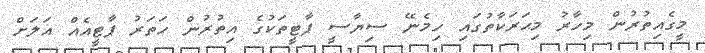
މީގެއިތުރުން މިހާރު މިޙަރަކާތުގައި ހިމެނޭ ސިޔާސީ ޕާޓީތަކުގެ އިތުރުން ހަތަރު ޕާޓީއެއް އަލަށް